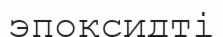
эпоксидті